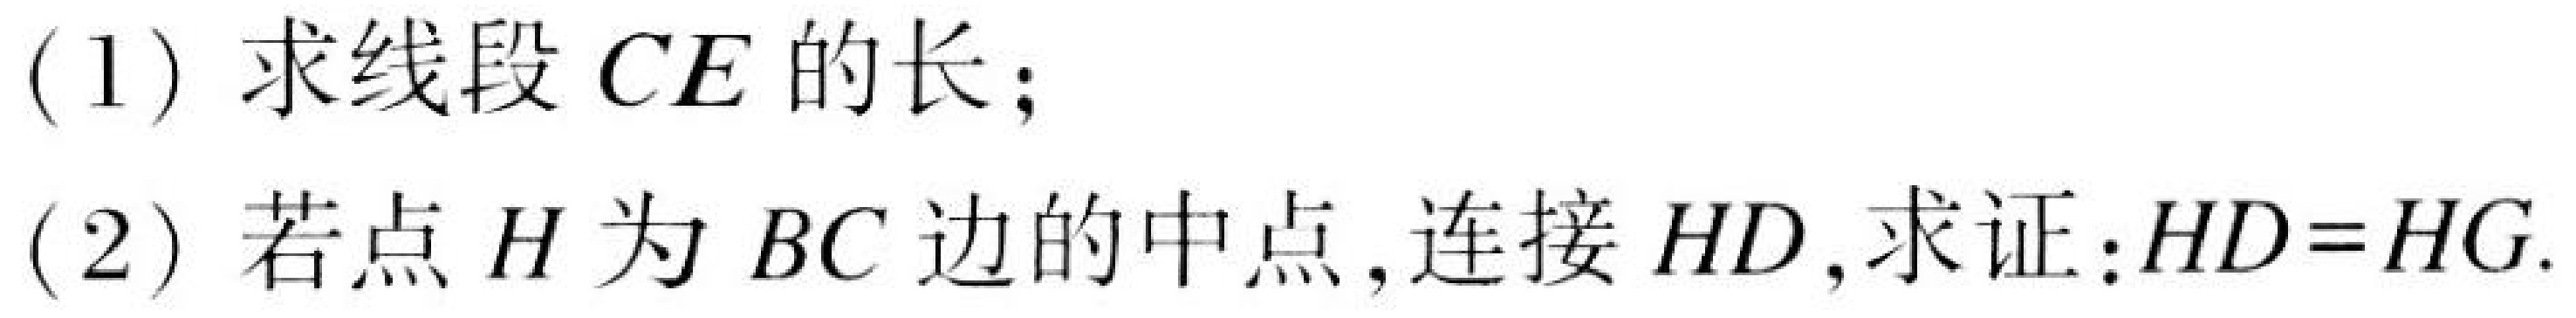
(1) 求线段 \(CE\) 的长；
(2) 若点 \(H\) 为 \(BC\) 边的中点, 连接 \(HD\), 求证:\(HD = HG\).